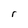
Character: B